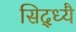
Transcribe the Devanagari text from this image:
सिद्ध्यै